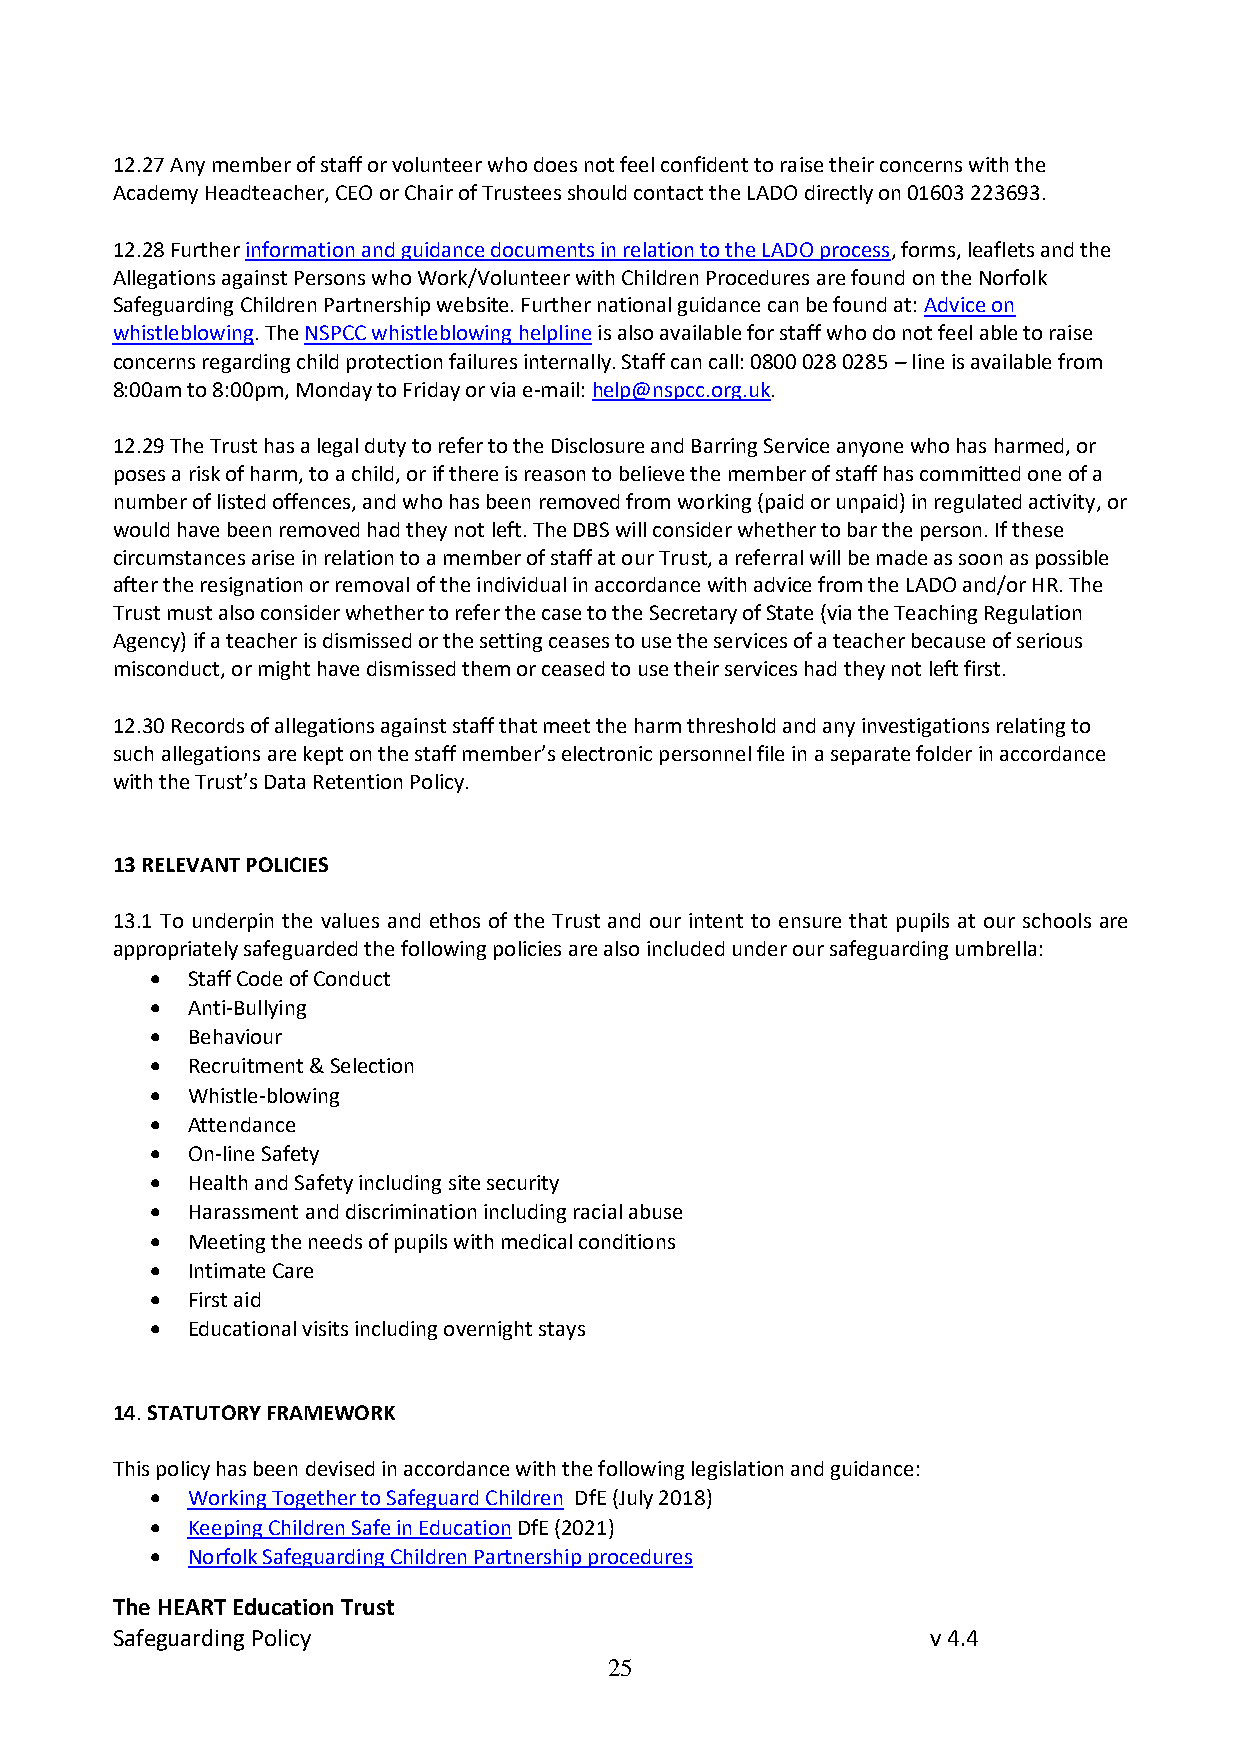
12.27 Any member of staff or volunteer who does not feel confident to raise their concerns with the
 Academy Headteacher, CEO or Chair of Trustees should contact the LADO directly on 01603 223693.
 12.28 Further information and guidance documents in relation to the LADO process, forms, leaflets and the
 Allegations against Persons who Work/Volunteer with Children Procedures are found on the Norfolk
 Safeguarding Children Partnership website. Further national guidance can be found at: Advice on
 whistleblowing. The NSPCC whistleblowing helpline is also available for staff who do not feel able to raise
 concerns regarding child protection failures internally. Staff can call: 0800 028 0285 – line is available from
 8:00am to 8:00pm, Monday to Friday or via e-mail: help@nspcc.org.uk.
 12.29 The Trust has a legal duty to refer to the Disclosure and Barring Service anyone who has harmed, or
 poses a risk of harm, to a child, or if there is reason to believe the member of staff has committed one of a
 number of listed offences, and who has been removed from working (paid or unpaid) in regulated activity, or
 would have been removed had they not left. The DBS will consider whether to bar the person. If these
 circumstances arise in relation to a member of staff at our Trust, a referral will be made as soon as possible
 after the resignation or removal of the individual in accordance with advice from the LADO and/or HR. The
 Trust must also consider whether to refer the case to the Secretary of State (via the Teaching Regulation
 Agency) if a teacher is dismissed or the setting ceases to use the services of a teacher because of serious
 misconduct, or might have dismissed them or ceased to use their services had they not left first.
 12.30 Records of allegations against staff that meet the harm threshold and any investigations relating to
 such allegations are kept on the staff member’s electronic personnel file in a separate folder in accordance
 with the Trust’s Data Retention Policy.
 13 RELEVANT POLICIES
 13.1 To underpin the values and ethos of the Trust and our intent to ensure that pupils at our schools are
 appropriately safeguarded the following policies are also included under our safeguarding umbrella:
 • Staff Code of Conduct
 • Anti-Bullying
 • Behaviour
 • Recruitment & Selection
 • Whistle-blowing
 • Attendance
 • On-line Safety
 • Health and Safety including site security
 • Harassment and discrimination including racial abuse
 • Meeting the needs of pupils with medical conditions
 • Intimate Care
 • First aid
 • Educational visits including overnight stays
 14. STATUTORY FRAMEWORK
 This policy has been devised in accordance with the following legislation and guidance:
 • Working Together to Safeguard Children DfE (July 2018)
 • Keeping Children Safe in Education DfE (2021)
 • Norfolk Safeguarding Children Partnership procedures
 The HEART Education Trust
 Safeguarding Policy                                    v 4.4
 25